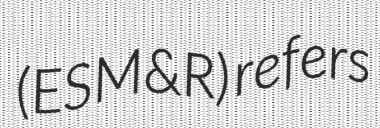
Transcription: (ESM&R) refers